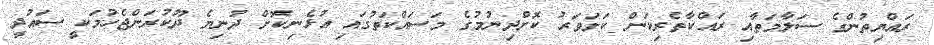
ރައްޔިތުންގެ ސަލާމަތާއި ރައްކާތެރިކަން ކަށަވަރު ކޮށްދިނުމުގެ މަސައްކަތުގައި އުޅެނިކޮށް ދުނިޔެ ދޫކުރަންޖެހުމަކީ ސައުދީ